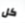
كل